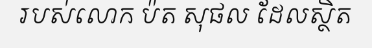
របស់លោក ប៉ត សុផល ដែលស្ថិត